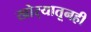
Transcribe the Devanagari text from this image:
खोर्‍यातूनही